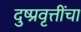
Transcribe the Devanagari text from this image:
दुष्प्रवृत्तींचा